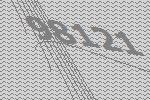
98121